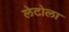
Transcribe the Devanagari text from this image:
लेटोला